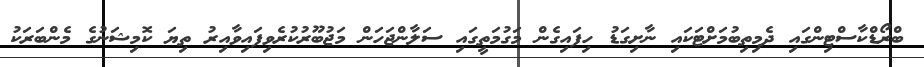
ބްރޯޑްކާސްޓިންގައި ދެމިތިބުމަށްޓަކައި ނާށިގަޑު ހިފައިގެން މަގުމަތީގައި ސަލާންޖަހަން މަޖުބޫރުކުރެވިފައިވާއިރު ތިޔަ ކޮމިޝަނުގެ މެންބަރަކު